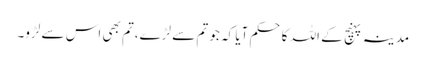
مدینہ پہنچ کے اللہ کاحکم آیا کہ جو تم سے لڑے،تم بھی اس سے لڑو۔